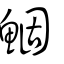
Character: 鯝